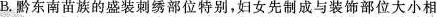
B.黔东南苗族的盛装刺绣部位特别，妇女先制成与装饰部位大小相